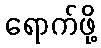
ရောက်ဖို့